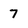
Character: 7